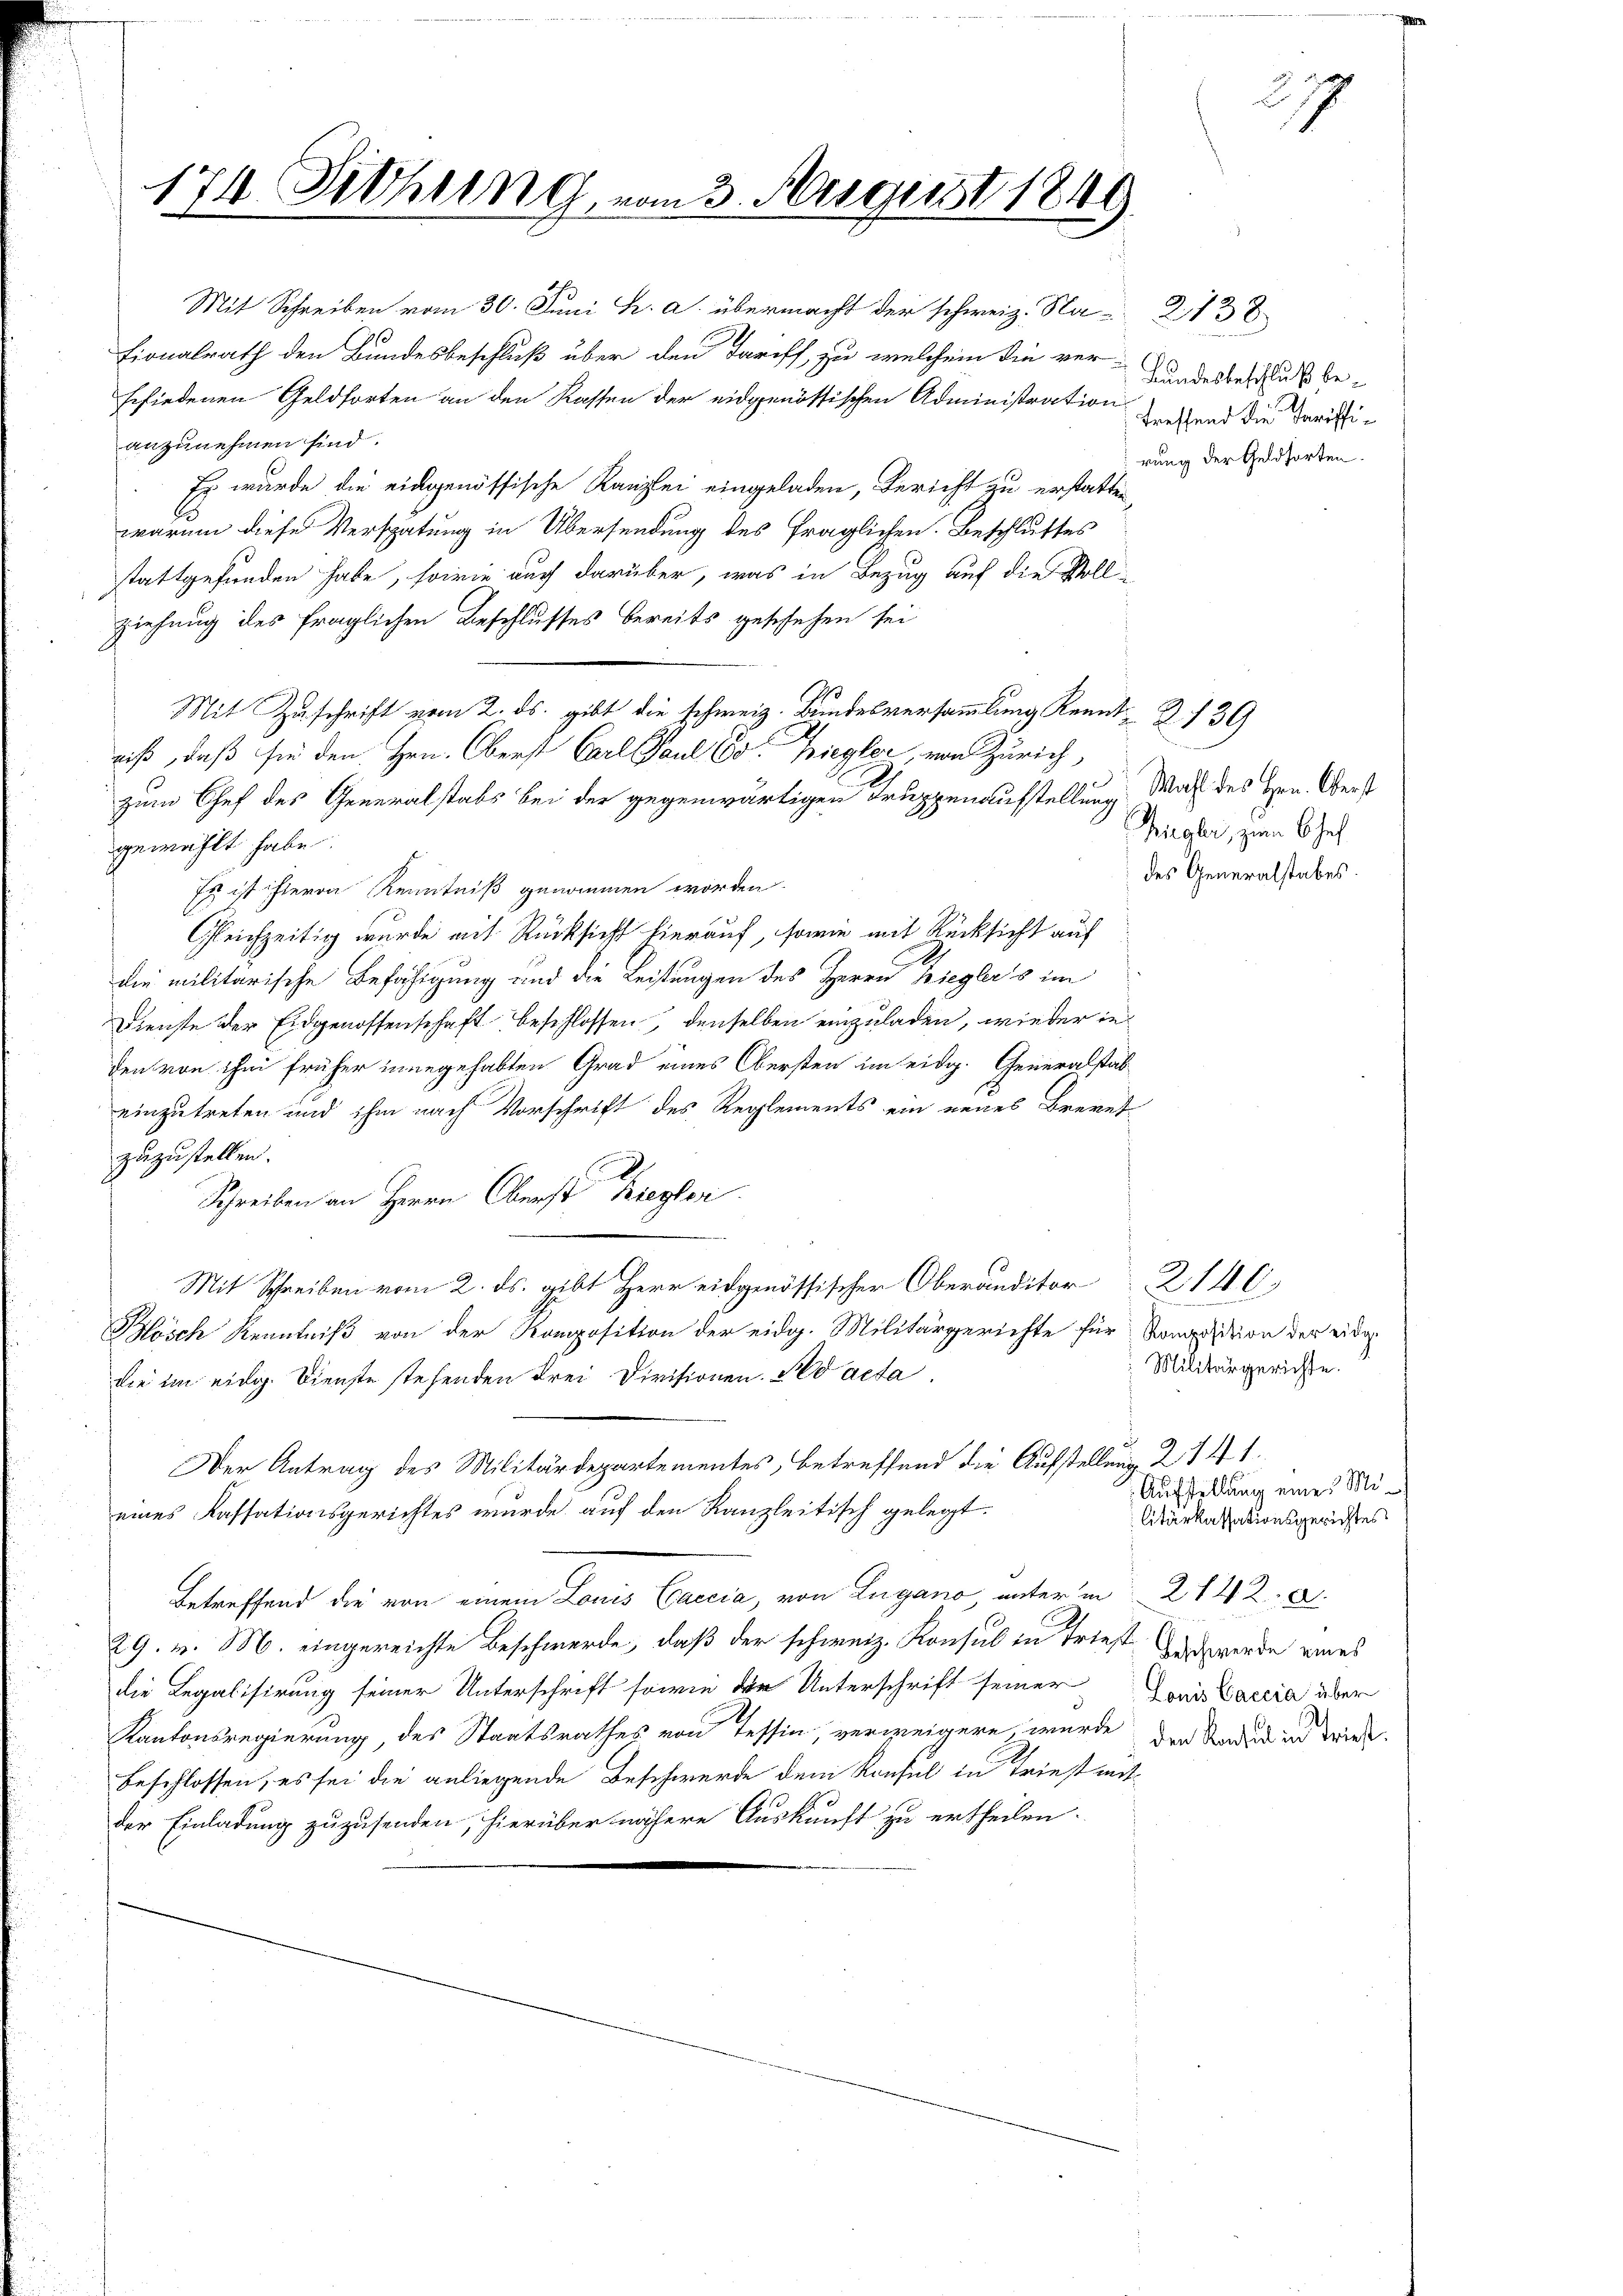
Mit Schreiben vom 30. Juni h. a. übermacht der schweiz. Na-2138
tionalrath den Bundesbeschluß über den Tariff, zu welchem die verbundesbeschluß beschiedenen Geldforten an den Kassen der eidgenössischen Administration sehend die darifianzunehmen sind.
Es wurde die eingenössische Kanzlei eingeladen, Bericht zu erstatten
warum diese Verspätung in Übersendung des fraglichen. Beschlusses
stattgefunden habe, sowie auch darüber, was in Bezug auf die Vollziehung des fraglichen Beschlusses bereits geschehen sei
niß, daß sie den Hrn. Oberst Carl Paul 60. Ziegler, von Zürich,
zum Chef des Generalstabs bei der gegenwärtigen Truppenaufstellung Wahl des Hrn. Obergewählt habe.
Es ist hievon Kenntniß genommen worden.
Gleichzeitig wurde mit Rücksicht hierauf, sowie mit Rücksicht auf
die militarische Befähigung und die Leistungen des Herrn Bieglers im
Dienste der Eidgenossenschaft beschlossen, denselben einzuladen, wieder in
den von ihm früher innegehabten Grad eines Obersten im eidg. Generalstab
einzutreten und ihm nach Vorschrift des Reglements ein neues Brevet
zuzustellen.
Schreiben an Herrn Oberst Kriegler
Mit Schreiben vom 2. ds. gibt Herr eidgenössischer Oberanditor 2140
Blösch Kenntniß von der Komposition der eidg. Militärgerichte für Komposition der eider
die im eidg. Dienste stehenden drei Divisionen. So acta
Der Antrag des Militärdepartementes, betreffend die Aufstellung 214 1
eines Kassationsgerichtes wurde auf den Kanzleitisch gelegt.
Betreffend die von einem Louis Ccaccia, von Lugano, unter in 214 R
29. v. M. eingereichte Beschwerde, daß der schweiz. Konsul in Triest Du werde eines
die Legalisirung seiner Unterschrift sowie der Unterschrift seiner Juni accia über
Kantonsregierung des Staatsrathes von Tessin, verweigere, wurde den Rades in Friede
beschlossen, es sei die anliegende Beschwerde dem Konsul in Triest mit-
der Einladung zuzusenden, hierüber nähere Auskunft zu ertheilen.

174. Siehung vom 3. August 1849

Mit Zuschrift vom 2. ds. gibt die schweiz. Bundesversammlung Kennt. 139

rung der Geldforten.

2
g
1

Bigler, zum Chef
des Generalstabes

Militärgerichte.
Aufstellung eines Militärkassationsgerichtes